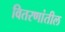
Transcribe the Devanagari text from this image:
वितरणांतील